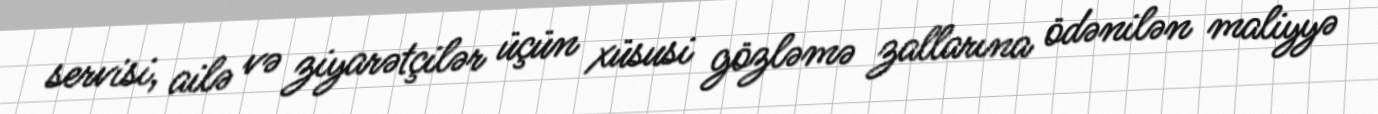
servisi, ailə və ziyarətçilər üçün xüsusi gözləmə zallarına ödənilən maliyyə